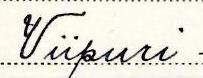
Viipuri